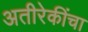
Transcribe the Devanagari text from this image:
अतीरेकींचा